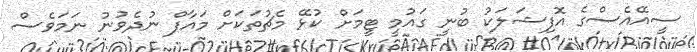
ސީއޭއެސްގެ އޮފިޝަލަކު ބުނީ ގައުމީ ޓީމަށް ކުޅޭ މެޗުތަކަށް މައާފް ނުދެވުނު ނަމަވެސް